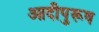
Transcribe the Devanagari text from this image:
आदीपुरूष